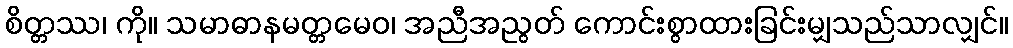
စိတ္တဿ၊ ကို။ သမာဓာနမတ္တမေဝ၊ အညီအညွတ် ကောင်းစွာထားခြင်းမျှသည်သာလျှင်။